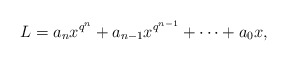
\begin{align*}L=a_nx^{q^n}+a_{n-1}x^{q^{n-1}}+\cdots +a_0x,\end{align*}